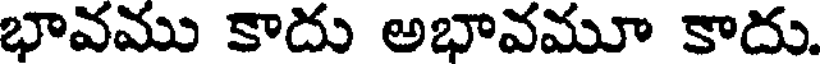
భావము కాదు అభావమూ కాదు.